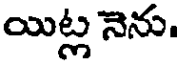
యిట్ల నెను.